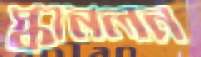
স্কানলন